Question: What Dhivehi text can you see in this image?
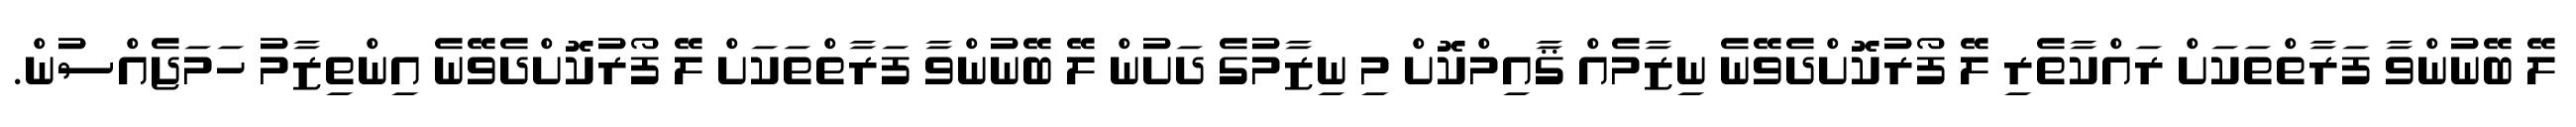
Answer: ލޭ ބޭނުންވާ ފަރާތްތަކަށް ރައްކާތެރި ލޭ ފޯރުކޮށްދެވޭނެ ނިޒާމެއް ޤާއިމްކޮށް މި ނިޒާމުގެ ދަށުން ލޭ ބޭނުންވާ ފަރާތްތަކަށް ލޭ ފޯރުކޮށްދެވޭނެ އިންތިޒާމު ހަމަޖެއްސުން.